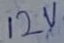
Text: 12V